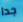
جدا